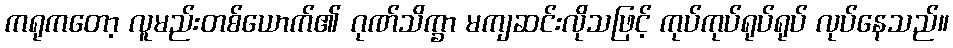
ကရုကတော့ လူမည်းတစ်ယောက်၏ ဂုဏ်သိက္ခာ မကျဆင်းလိုသဖြင့် ကုပ်ကုပ်ရုပ်ရုပ် လုပ်နေသည်။